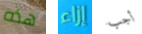
هذه إزاء أجب